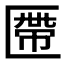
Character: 𠥖